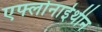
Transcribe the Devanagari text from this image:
एफ्लोनाईथीन